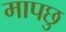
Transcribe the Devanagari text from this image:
मापछु